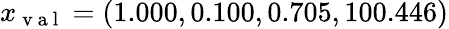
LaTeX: x_{\mathrm{~v~a~l~}}=(1.000,0.100,0.705,100.446)